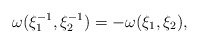
\begin{align*}\omega(\xi_1^{-1}, \xi_2^{-1}) = -\omega(\xi_1, \xi_2), \end{align*}